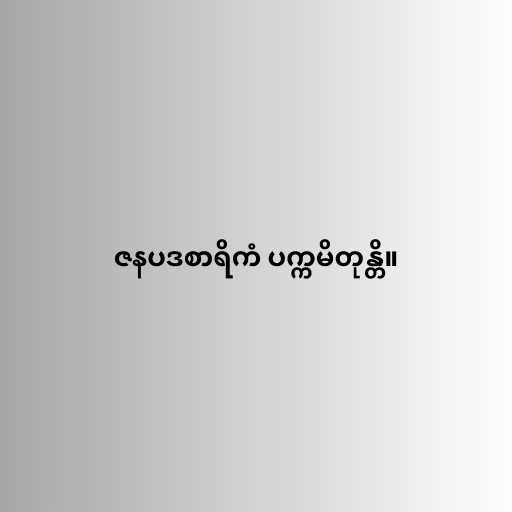
ဇနပဒစာရိကံ ပက္ကမိတုန္တိ။